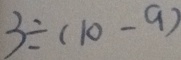
3 \div ( 1 0 - 9 )